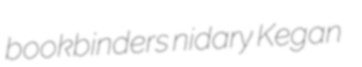
bookbinders nidary Kegan